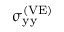
{ \upsigma } _ { \mathrm { y y } } ^ { \left( \mathrm { V E } \right) }